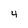
Character: 4